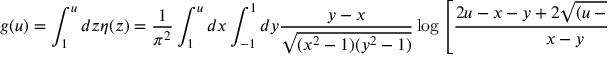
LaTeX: g ( u ) = \int _ { 1 } ^ { u } d z \eta ( z ) = { \frac { 1 } { \pi ^ { 2 } } } \int _ { 1 } ^ { u } d x \int _ { - 1 } ^ { 1 } d y { \frac { y - x } { \sqrt { ( x ^ { 2 } - 1 ) ( y ^ { 2 } - 1 ) } } } \log \left[ { \frac { 2 u - x - y + 2 \sqrt { ( u - x ) ( u - y ) } } { x - y } } \right] .